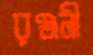
রঞ্জনী